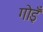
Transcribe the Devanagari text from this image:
गोइँ